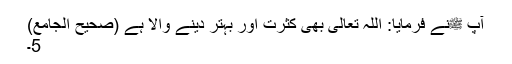
آپ ﷺنے فرمایا: اللہ تعالیٰ بھی کثرت اور بہتر دینے والا ہے (صحیح الجامع)
5۔